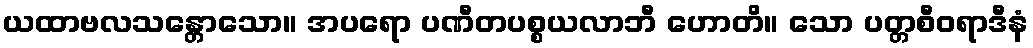
ယထာဗလသန္တောသော။ အပရော ပဏီတပစ္စယလာဘီ ဟောတိ။ သော ပတ္တစီဝရာဒီနံ